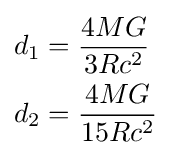
{\begin{aligned}d_{1}&={\frac {4MG}{3Rc^{2}}}\\d_{2}&={\frac {4MG}{15Rc^{2}}}\end{aligned}}